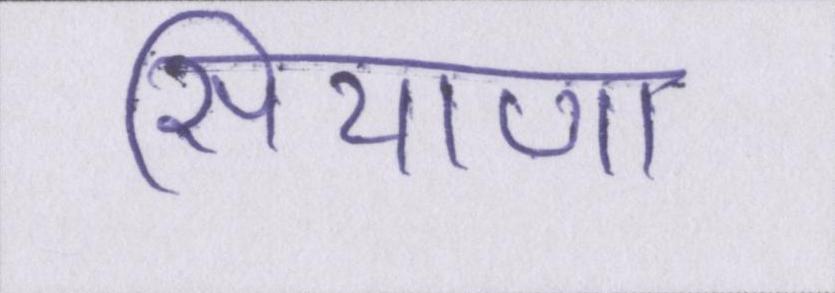
सियाणा